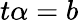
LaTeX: t\alpha=b